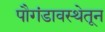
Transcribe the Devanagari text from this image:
पौगंडावस्थेतून